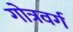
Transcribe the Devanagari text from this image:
गोत्रवर्ग